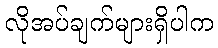
လိုအပ်ချက်များရှိပါက